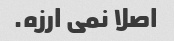
اصلا نمی ارزه.